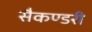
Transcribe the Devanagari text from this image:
सैकण्‍डरी